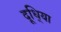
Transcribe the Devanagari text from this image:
दूधि्या